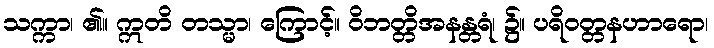
သက္ကာ၊ ၏။ ဣတိ တသ္မာ၊ ကြောင့်။ ဝိဘတ္တိအနန္တရံ၊ ၌။ ပရိဝတ္တနဟာရော၊